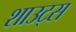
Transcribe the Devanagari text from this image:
शाउट्स